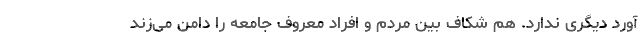
آورد دیگری ندارد. هم شکاف بین مردم و افراد معروف جامعه را دامن می‌زند